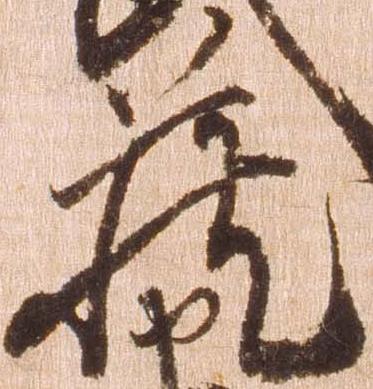
蔵